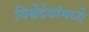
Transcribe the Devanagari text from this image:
विश्वेदेवांमध्ये